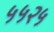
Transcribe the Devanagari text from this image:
५५२५